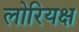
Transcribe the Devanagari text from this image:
लोरियक्ष